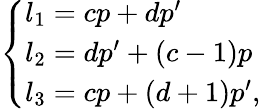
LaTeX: \left\{ \begin{array}{l}{{l_{1}=cp+dp^{\prime}}}\\ {{l_{2}=dp^{\prime}+(c-1)p}}\\ {{l_{3}=cp+(d+1)p^{\prime},}}\end{array}\right.